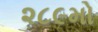
૨૮૯મો